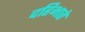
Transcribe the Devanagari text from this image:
दहिभाते